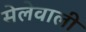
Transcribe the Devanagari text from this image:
सेलेवाली